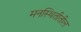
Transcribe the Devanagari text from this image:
मनस्थितीतील